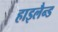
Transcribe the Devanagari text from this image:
हाइलैन्ड